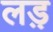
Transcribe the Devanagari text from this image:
लड़़